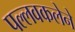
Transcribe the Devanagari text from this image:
पल्लवकलेने